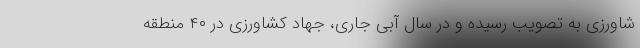
شاورزی به تصویب رسیده و در سال آبی جاری، جهاد کشاورزی در ۴۰ منطقه